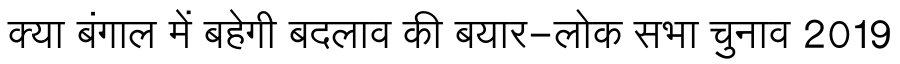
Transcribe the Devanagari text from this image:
क्या बंगाल में बहेगी बदलाव की बयार-लोक सभा चुनाव 2019